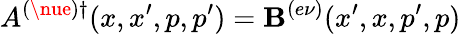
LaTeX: A^{(\nue)\dagger}(x,x^{\prime},p,p^{\prime})=\mathbf{B}^{(e\nu)}(x^{\prime},x,p^{\prime},p)